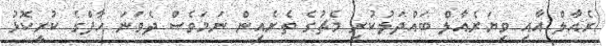
ރެއާލް އާއި ވިޔަރެއާލް ބައްދަލުކުރި މެޗުގެ ތެރެއިން ނަމަވެސް ދެވަނަ ހާފްގެ ކުރީކޮޅު